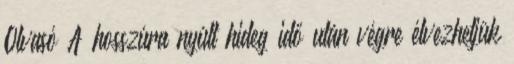
Olvasó A hosszúra nyúlt hideg idő után végre élvezhetjük